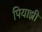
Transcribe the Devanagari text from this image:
पियाझी